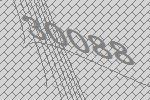
30088